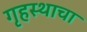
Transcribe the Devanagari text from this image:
गृहस्थाचा